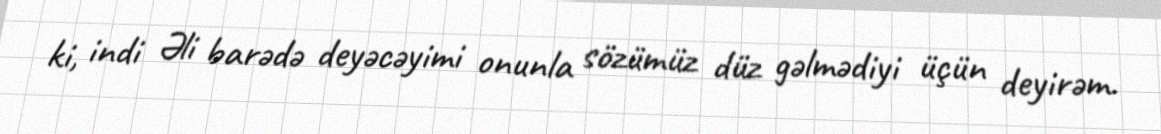
ki, indi Əli barədə deyəcəyimi onunla sözümüz düz gəlmədiyi üçün deyirəm.